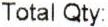
TOTAL QTY: